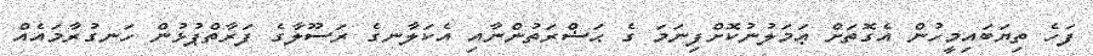
ފަހެ ތިޔަބައިމީހުން އެގޮތަށް ޢަމަލުނުކޮށްފިނަމަ ގެ ޙަޟްރަތުންނާއި އެކަލާނގެ ރަސޫލާގެ ފަރާތްޕުޅުން ހަނގުރާމައެއް